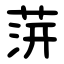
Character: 䓑